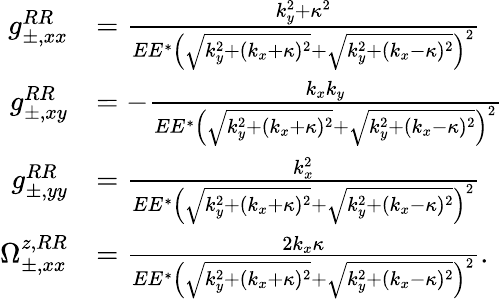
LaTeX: \begin{array}{rl}{g_{\pm,xx}^{RR}}&{=\frac{k_{y}^{2}+\kappa^{2}}{EE^{*}\Big(\sqrt{k_{y}^{2}+(k_{x}+\kappa)^{2}}+\sqrt{k_{y}^{2}+(k_{x}-\kappa)^{2}}\Big)^{2}}}\\ {g_{\pm,xy}^{RR}}&{=-\frac{k_{x}k_{y}}{EE^{*}\Big(\sqrt{k_{y}^{2}+(k_{x}+\kappa)^{2}}+\sqrt{k_{y}^{2}+(k_{x}-\kappa)^{2}}\Big)^{2}}}\\ {g_{\pm,yy}^{RR}}&{=\frac{k_{x}^{2}}{EE^{*}\Big(\sqrt{k_{y}^{2}+(k_{x}+\kappa)^{2}}+\sqrt{k_{y}^{2}+(k_{x}-\kappa)^{2}}\Big)^{2}}}\\ {\Omega_{\pm,xx}^{z,RR}}&{=\frac{2k_{x}\kappa}{EE^{*}\Big(\sqrt{k_{y}^{2}+(k_{x}+\kappa)^{2}}+\sqrt{k_{y}^{2}+(k_{x}-\kappa)^{2}}\Big)^{2}}.}\end{array}